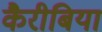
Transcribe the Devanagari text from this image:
कैरीबिया